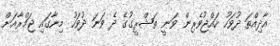
އާދިއްތަ ދުވަހު ހައްޖުވެރިން ވަނީ ތަޝްރީގުގެ ދެ ވަނަ ދުވަހު މިނާގައި ޖަމްރާއަށް